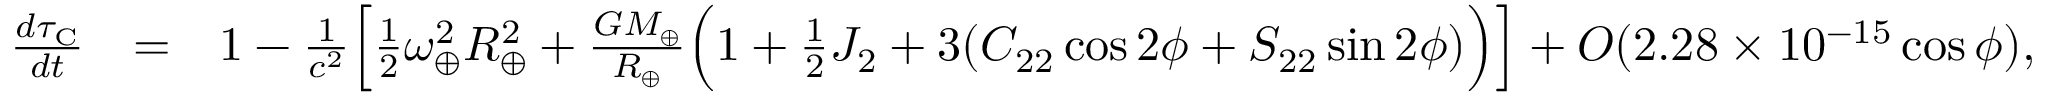
\begin{array} { r l r } { \frac { d \tau _ { \mathrm { C } } } { d t } } & { = } & { 1 - \frac { 1 } { c ^ { 2 } } \Big [ { \textstyle \frac { 1 } { 2 } } \omega _ { \oplus } ^ { 2 } R _ { \oplus } ^ { 2 } + \frac { G M _ { \oplus } } { R _ { \oplus } } \Big ( 1 + { \textstyle \frac { 1 } { 2 } } J _ { 2 } + 3 ( C _ { 2 2 } \cos 2 \phi + S _ { 2 2 } \sin 2 \phi ) \Big ) \Big ] + { \cal O } ( 2 . 2 8 \times 1 0 ^ { - 1 5 } \cos \phi ) , } \end{array}